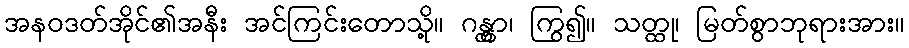
အနဝဒတ်အိုင်၏အနီး အင်ကြင်းတောသို့။ ဂန္တွာ၊ ကြွ၍။ သတ္ထု၊ မြတ်စွာဘုရားအား။